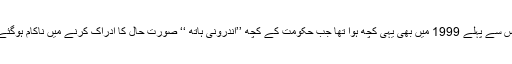
اس سے پہلے 1999 میں بھی یہی کچھ ہوا تھا جب حکومت کے کچھ ’’اندرونی ہاتھ ‘‘ صورتِ حال کا ادراک کرنے میں ناکام ہوگئے۔